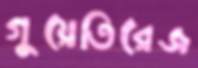
গুয়েতিরেজ